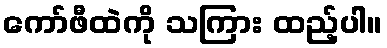
ကော်ဖီထဲကို သကြား ထည့်ပါ။